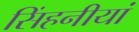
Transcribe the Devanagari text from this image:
सिंहनीयां